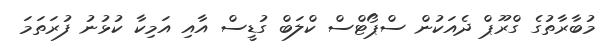
މުބާރާތުގެ ގްރޫޕް ދެއަކުން ސްޕޯޓްސް ކްލަބް ގުޑީސް އާއި އަމިކާ ކުޅުނު ފުރަތަމަ